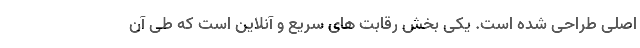
اصلی طراحی شده است. یکی بخش رقابت های سریع و آنلاین است که طی آن